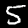
Digit: 5